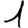
Digit: 1